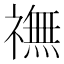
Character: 𫞶